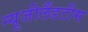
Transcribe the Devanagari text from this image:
न्यूजीलैंडटीम